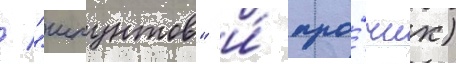
/ "шпунтов" и́ про́чих)